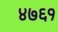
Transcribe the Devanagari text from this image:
४७६१